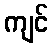
ကျင်